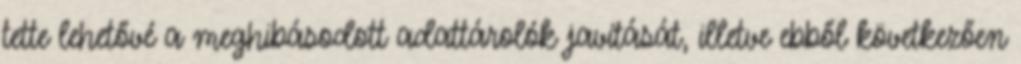
tette lehetővé a meghibásodott adattárolók javítását, illetve ebből következően